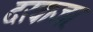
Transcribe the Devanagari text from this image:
दरवाजा़